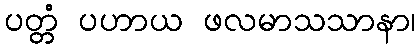
ပတ္တံ ပဟာယ ဖလမာသသာနာ၊